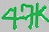
Text: 47K